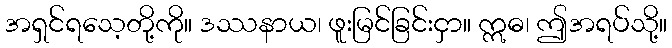
အရှင်ရသေ့တို့ကို။ ဒဿနာယ၊ ဖူးမြင်ခြင်းငှာ။ ဣဓ၊ ဤအရပ်သို့။